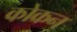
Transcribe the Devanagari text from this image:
कोकन